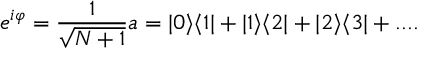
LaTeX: e ^ { i \varphi } = \frac { 1 } { \sqrt { N + 1 } } a = | 0 \rangle \langle 1 | + | 1 \rangle \langle 2 | + | 2 \rangle \langle 3 | + . . . .